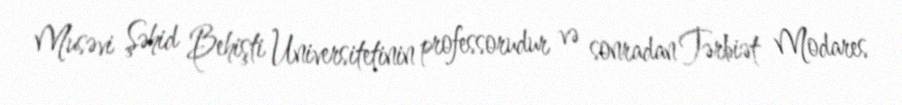
Musəvi Şəhid Behişti Universitetinin professorudur və sonradan Tərbiət Modares